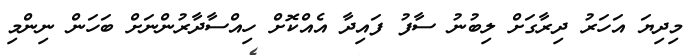
މިދިޔަ އަހަރު ދިރާގަށް ލިބުނު ސާފު ފައިދާ އެއްކޮށް ހިއްސާދާރުންނަށް ބަހަން ނިންމި